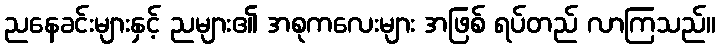
ညနေခင်းများနှင့် ညများ၏ အစုကလေးများ အဖြစ် ရပ်တည် လာကြသည်။